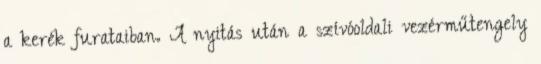
a kerék furataiban. A nyitás után a szívóoldali vezérműtengely